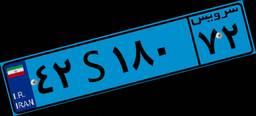
۳۱S۰۱۷۵۲